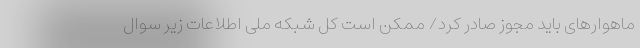
ماهوارهای باید مجوز صادر کرد/ ممکن است کل شبکه ملی اطلاعات زیر سوال